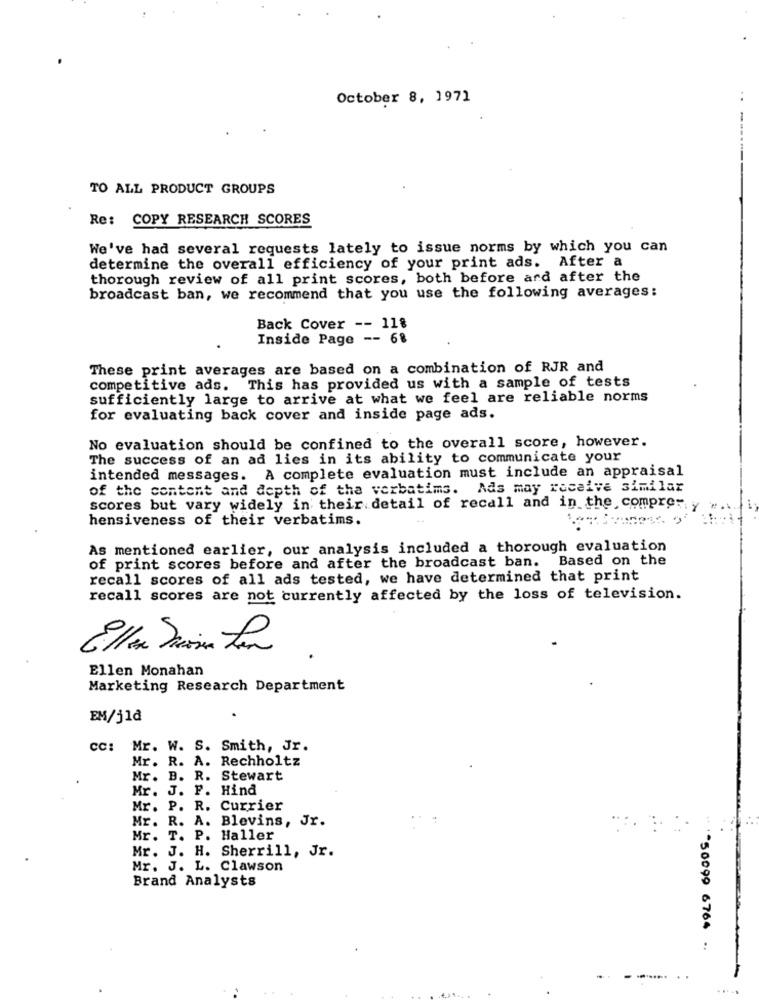
October 8, 1971
--
TO ALL PRODUCT GROUPS
Re: COPY RESEARCH SCORES
We've had several requests lately to issue norms by which you can
determine the overall efficiency of your print ads. After a
thorough review of all print scores, both before and after the
broadcast ban, we recommend that you use the following averages:
Back Cover -- 118
Inside Page -- 6%
These print averages are based on a combination of RJR and
competitive ads. This has provided us with a sample of tests
sufficiently large to arrive at what we feel are reliable norms
for evaluating back cover and inside page ads.
No evaluation should be confined to the overall score, however.
The success of an ad lies in its ability to communicate your
intended messages. A complete evaluation must include an appraisal
of the content and depth of the verbatims. Ads may receive similar
scores but vary widely in their detail of recall and in the comprer.
hensiveness of their verbatims.
As mentioned earlier, our analysis included a thorough evaluation
of print scores before and after the broadcast ban. Based on the
recall scores of all ads tested, we have determined that print
recall scores are not currently affected by the loss of television.
.
Ellen Monahan
Marketing Research Department
EM/j1₫
cc: Mr. W. S. Smith, Jr.
Mr. R. A. Rechholtz
Mr. B. R.
Stewart
Mr. J. P. Hind
Mr. P. R. Currier
Mr. R. A. Blevins, Jr.
Mr. T. P. Haller
Mr. J. H. Sherrill, Jr.
Mr. J. L. Clawson
Brand Analysts
** ** 50099 6764 .